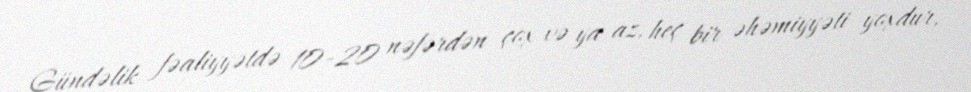
Gündəlik fəaliyyətdə 10-20 nəfərdən çox və ya az, heç bir əhəmiyyəti yoxdur,